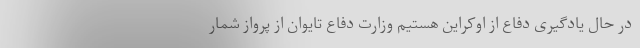
در حال یادگیری دفاع از اوکراین هستیم وزارت دفاع تایوان از پرواز شمار